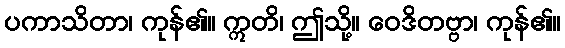
ပကာသိတာ၊ ကုန်၏။ ဣတိ၊ ဤသို့။ ဝေဒိတဗ္ဗာ၊ ကုန်၏။